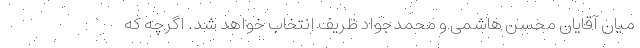
میان آقایان محسن هاشمی و محمدجواد ظریف انتخاب خواهد شد. اگرچه که